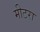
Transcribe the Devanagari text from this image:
मीटरा